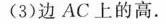
(3)边AC上的高。